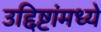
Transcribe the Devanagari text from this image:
उद्दिष्टांमध्ये